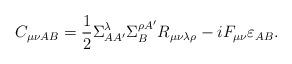
LaTeX: \begin{align*}C_{\mu \nu AB}{}=\frac{1}{2}\Sigma _{AA^{\prime }}^{\lambda }{}\Sigma_{B}^{\rho A^{\prime }}R_{\mu \nu \lambda \rho }{}-iF_{\mu \nu }\varepsilon_{AB}. \end{align*}